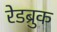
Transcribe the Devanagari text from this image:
रेडब्रुक